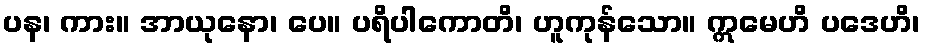
ပန၊ ကား။ အာယုနော၊ ပေ။ ပရိပါကောတိ၊ ဟူကုန်သော။ ဣမေဟိ ပဒေဟိ၊